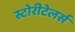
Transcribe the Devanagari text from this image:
स्टोरीटेलर्स